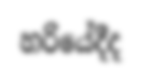
හරියේදීද